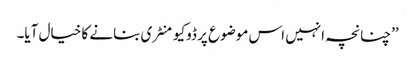
’’چنانچہ انہیں اس موضوع پر ڈوکیومنٹری بنانے کا خیال آیا۔